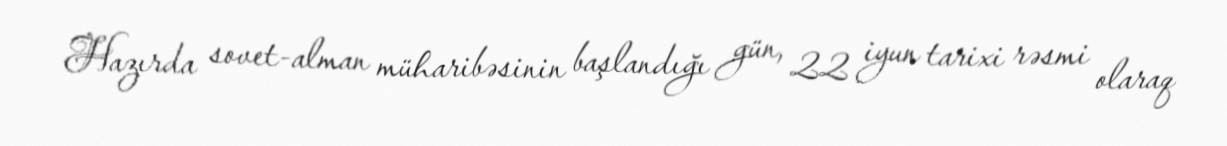
Hazırda sovet-alman müharibəsinin başlandığı gün, 22 iyun tarixi rəsmi olaraq